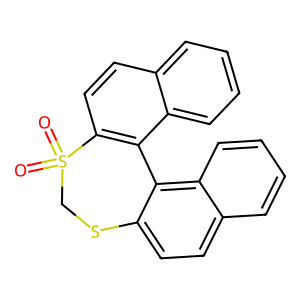
SMILES: O=S1(=O)CSc2ccc3ccccc3c2-c2c1ccc1ccccc21
Inhibits HIV replication: No